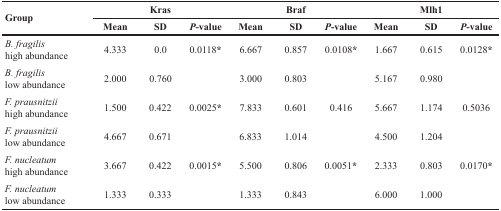
<table><thead><tr><td rowspan="2"><b>Group</b></td><td colspan="3"><b>Kras</b></td><td colspan="3"><b>Braf</b></td><td colspan="3"><b>Mlh1</b></td></tr><tr><td><b>Mean</b></td><td><b>SD</b></td><td><b><i>P</i>-value</b></td><td><b>Mean</b></td><td><b>SD</b></td><td><b><i>P</i>-value</b></td><td><b>Mean</b></td><td><b>SD</b></td><td><b><i>P</i>-value</b></td></tr></thead><tbody><tr><td><i>B. fragilis</i> high abundance</td><td>4.333</td><td>0.0</td><td>0.0118*</td><td>6.667</td><td>0.857</td><td>0.0108*</td><td>1.667</td><td>0.615</td><td>0.0128*</td></tr><tr><td><i>B. fragilis</i> low abundance</td><td>2.000</td><td>0.760</td><td></td><td>3.000</td><td>0.803</td><td></td><td>5.167</td><td>0.980</td><td></td></tr><tr><td><i>F. prausnitzii</i> high abundance</td><td>1.500</td><td>0.422</td><td>0.0025*</td><td>7.833</td><td>0.601</td><td>0.416</td><td>5.667</td><td>1.174</td><td>0.5036</td></tr><tr><td><i>F. prausnitzii</i> low abundance</td><td>4.667</td><td>0.671</td><td></td><td>6.833</td><td>1.014</td><td></td><td>4.500</td><td>1.204</td><td></td></tr><tr><td><i>F. nucleatum</i> high abundance</td><td>3.667</td><td>0.422</td><td>0.0015*</td><td>5.500</td><td>0.806</td><td>0.0051*</td><td>2.333</td><td>0.803</td><td>0.0170*</td></tr><tr><td><i>F. nucleatum</i> low abundance</td><td>1.333</td><td>0.333</td><td></td><td>1.333</td><td>0.843</td><td></td><td>6.000</td><td>1.000</td><td></td></tr></tbody></table>